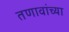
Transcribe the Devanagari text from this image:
तणावांच्या